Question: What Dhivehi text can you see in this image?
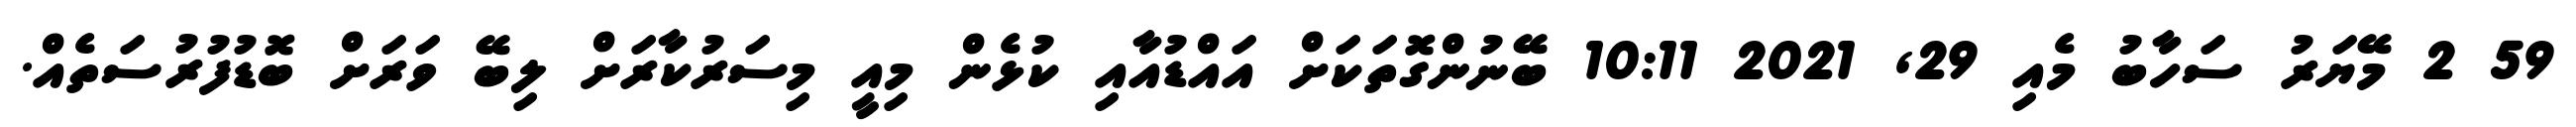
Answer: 59 2 މޭޔަރު ސަހާބު މެއި 29, 2021 10:11 ބޭނުންގޮތަކަށް އައްޑުއާއި ކުޅެން މިއީ މިސަރުކާރަށް ލިބޭ ވަރަށް ބޮޑުފުރުސަތެއް.